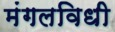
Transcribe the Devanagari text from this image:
मंगलविधी